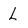
Character: l